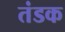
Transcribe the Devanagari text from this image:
तंडक